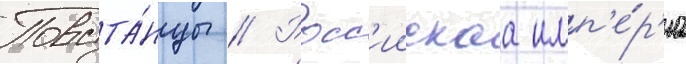
Повста́нцы // Росс'иискаа имп'е́р'иа